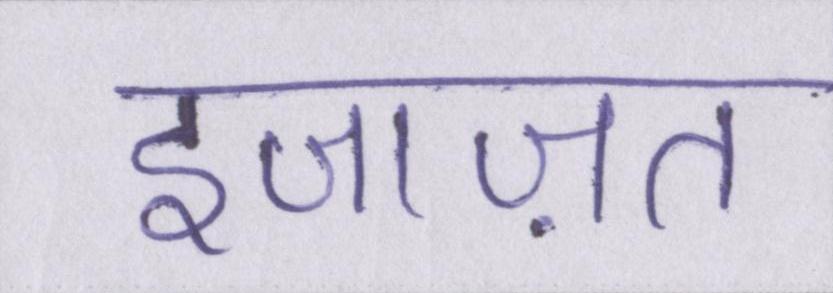
इजाज़त